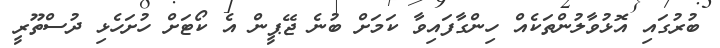
ބުރުގައި އޮޅުވާލުންތަކެއް ހިންގާފައިވާ ކަމަށް ބުނެ ޖޭޕީން އެ ކޯޓަށް ހުށަހެޅި ދުސްތޫރީ